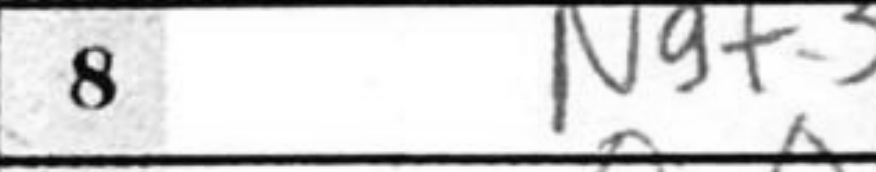
Transcription: Ngf3